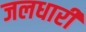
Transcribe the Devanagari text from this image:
जलधारी